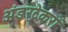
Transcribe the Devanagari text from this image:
अंडरटेकरों